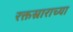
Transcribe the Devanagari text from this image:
रक्तस्राराच्या